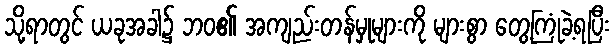
သို့ရာတွင် ယခုအခါ၌ ဘဝ၏ အကျည်းတန်မှုများကို များစွာ တွေ့ကြုံခဲ့ရပြီး